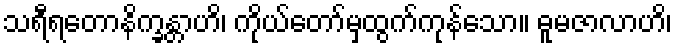
သရီရတောနိက္ခန္တာဟိ၊ ကိုယ်တော်မှထွက်ကုန်သော။ ဓူမဇာလာဟိ၊